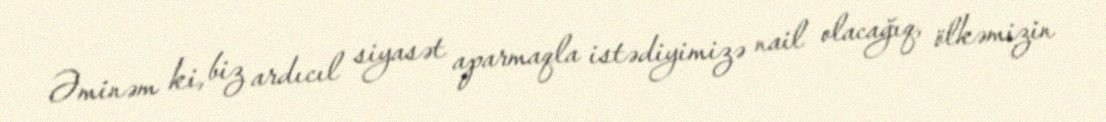
Əminəm ki, biz ardıcıl siyasət aparmaqla istədiyimizə nail olacağıq, ölkəmizin